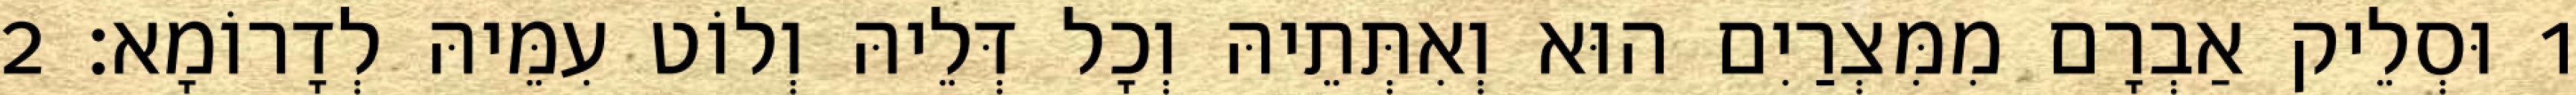
1 וּסְלֵיק אַבְרָם מִמִּצְרַיִם הוּא וְאִתְּתֵיהּ וְכָל דְּלֵיהּ וְלוֹט עִמֵּיהּ לְדָרוֹמָא׃ 2